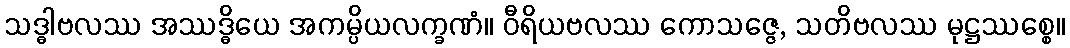
သဒ္ဓါဗလဿ အဿဒ္ဓိယေ အကမ္ပိယလက္ခဏံ။ ဝီရိယဗလဿ ကောသဇ္ဇေ, သတိဗလဿ မုဋ္ဌဿစ္စေ။